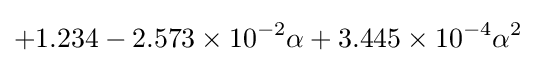
+1.234-2.573\times 10^{-2}\alpha +3.445\times 10^{-4}\alpha ^{2}